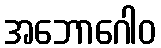
အဘောဂေါဝ